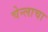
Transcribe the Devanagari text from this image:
चेन्लाचा